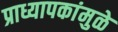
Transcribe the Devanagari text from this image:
प्राध्यापकांमुळे